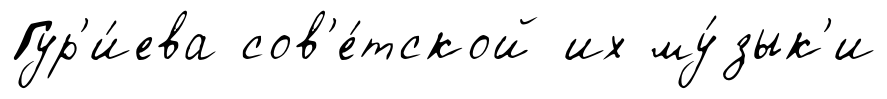
Гур'и́ева сов'е́тской их му́зык'и